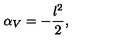
\alpha _ { V } = - \frac { l ^ { 2 } } { 2 } ,